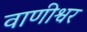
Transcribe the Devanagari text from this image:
वाणीश्वर